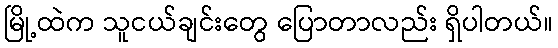
မြို့ထဲက သူငယ်ချင်းတွေ ပြောတာလည်း ရှိပါတယ်။